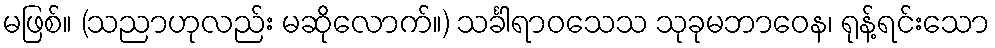
မဖြစ်။ (သညာဟုလည်း မဆိုလောက်။) သင်္ခါရာဝသေသ သုခုမဘာဝေန၊ ရုန့်ရင်းသော